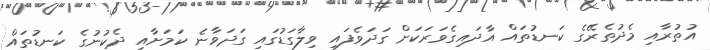
އުތުރާއި މެދުތެރޭގެ ކަނޑުތައް އާދައިގެވަރަކަށް ގަދަވެފައި ވިލާގަޑުގައި ގަދަވާނެ ކަމަށާއި ދެކުނުގެ ކަނޑުތައް